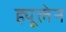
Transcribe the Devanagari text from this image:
ह्यूलेन